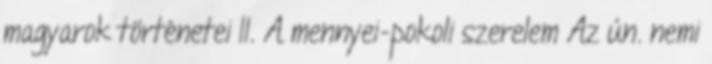
magyarok történetei II. A mennyei-pokoli szerelem Az ún. nemi